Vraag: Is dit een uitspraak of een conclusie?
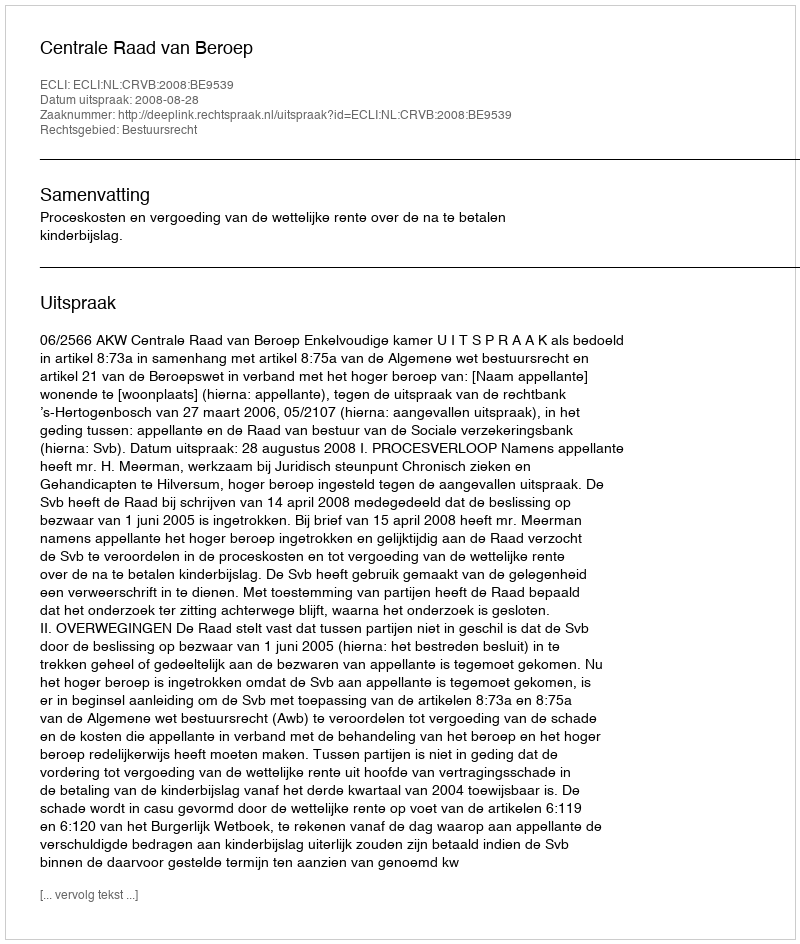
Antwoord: Uitspraak